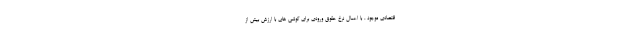
قتصادی موجود ، با اعمال نرخ حقوق ورودی برای گوشی های با ارزش بیش از